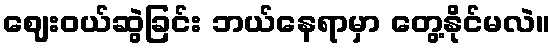
ဈေးဝယ်ဆွဲခြင်း ဘယ်နေရာမှာ တွေ့နိုင်မလဲ။